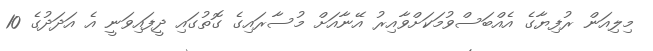
މިލިއަން ރުފިޔާގެ އެއްބަސްވުމަކަށްވާއިރު އޭނާއަށް މުސާރައިގެ ގޮތުގައި ދީފައިވަނީ އެ އަދަދުގެ 10